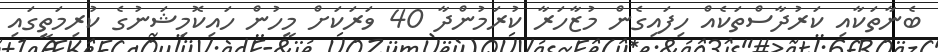
ބެނާތަކާއި ކަރުދާސްތަކެއް ހިފައިގެން މުޒާހަރާ ކުރަމުންދާ 40 ވަރަކަށް މީހުން ހައިކޮމިޝަނުގެ ކުރިމަތީގައި